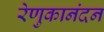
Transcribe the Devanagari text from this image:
रेणुकानंदन